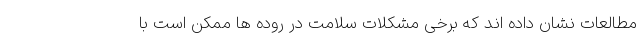
مطالعات نشان داده اند که برخی مشکلات سلامت در روده ها ممکن است با